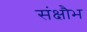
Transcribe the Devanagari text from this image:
संक्षौभ